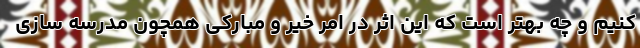
کنیم و چه بهتر است که این اثر در امر خیر و مبارکی همچون مدرسه سازی